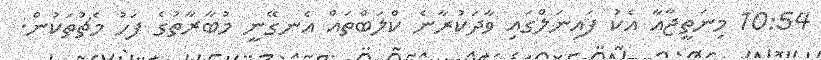
10:54 މިނަތީޖާއާ އެކު ފައިނަލްގައި ވާދަކުރާނެ ކްލަބްތައް އެނގޭނީ މުބާރާތުގެ ފަހު މެޗުތަކުން.